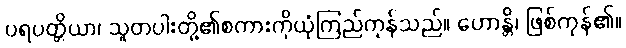
ပရပတ္တိယာ၊ သူတပါးတို့၏စကားကိုယုံကြည်ကုန်သည်။ ဟောန္တိ၊ ဖြစ်ကုန်၏။